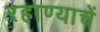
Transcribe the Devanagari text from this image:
रहाण्याचें